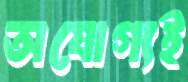
অযোগ্যই